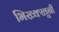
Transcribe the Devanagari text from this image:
भिख्क्खुनी